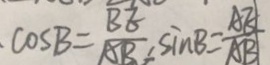
\cos B = \frac { B E } { A B } \sin B = \frac { A E } { A B }